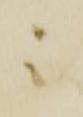
ニ